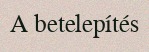
A betelepítés